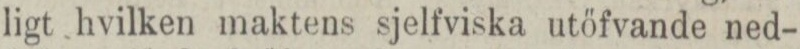
ligt hvilken maktens sjelfviska utöfvande ned-